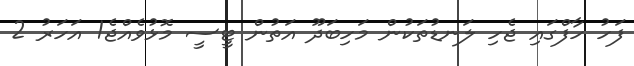
ފަހު ހާފްގައި ޖެހި ލަނޑުތަކުން މަހިބަދޫ އަތުން ޓީސީ މޮޅުވެއްޖެ1 އަހަރު 2